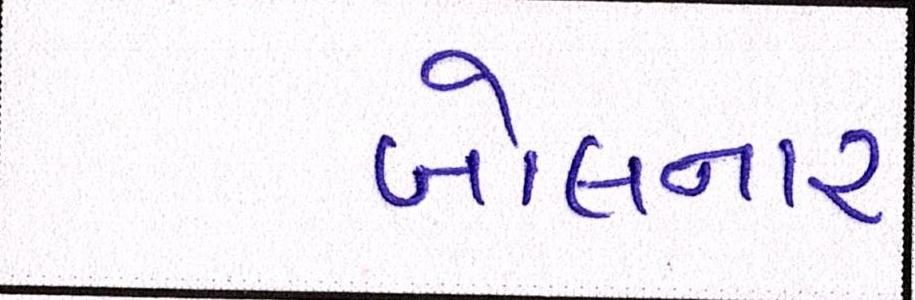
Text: બોલનાર